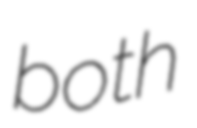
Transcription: both